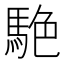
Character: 𮪀